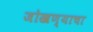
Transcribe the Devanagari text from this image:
जोखण्याचा